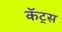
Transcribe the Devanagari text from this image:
कॅट्स